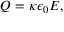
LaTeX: Q = \kappa \epsilon _ { 0 } E ,